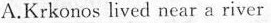
A.Krkonos lived near a river